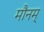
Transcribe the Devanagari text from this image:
मौनम्‌